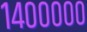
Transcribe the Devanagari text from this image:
१४०००००